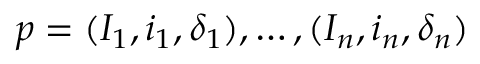
p = ( I _ { 1 } , i _ { 1 } , \delta _ { 1 } ) , \dots , ( I _ { n } , i _ { n } , \delta _ { n } )